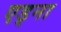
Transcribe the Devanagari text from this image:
एड्ना